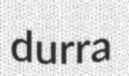
durra